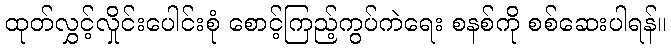
ထုတ်လွှင့်လှိုင်းပေါင်းစုံ စောင့်ကြည့်ကွပ်ကဲရေး စနစ်ကို စစ်ဆေးပါရန်။